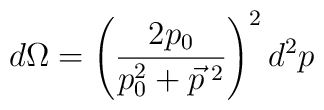
d\Omega  = \left(\frac{2p_0}{p^2_0+\vec{p}^{~\!2}}\right)^2 d^2p